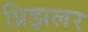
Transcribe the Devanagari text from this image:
प्रिझलर